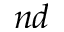
^ { n d }